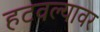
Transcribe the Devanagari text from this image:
हटवल्यावर